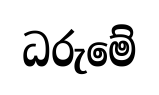
ධරුමේ